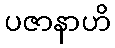
ပဇာနာဟိ